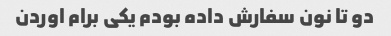
دو تا نون سفارش داده بودم یکی برام اوردن